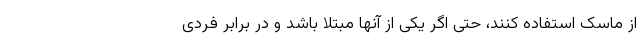
از ماسک استفاده کنند، حتی اگر یکی از آنها مبتلا باشد و در برابر فردی